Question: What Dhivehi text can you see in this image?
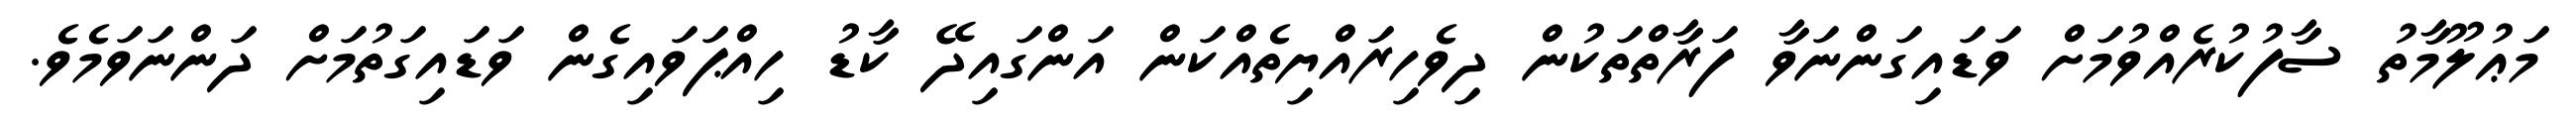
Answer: މަޢުލޫމާތު ސާފުކުރެއްވުމަށް ވަޑައިގަންނަވާ ފަރާތްތަކުން ދިވެހިރައްޔިތެއްކަން އަންގައިދޭ ކާޑު ހިއްޕަވައިގެން ވަޑައިގަތުމަށް ދަންނަވަމެވެ.